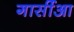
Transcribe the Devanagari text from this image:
गार्सीआ